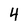
Character: 4